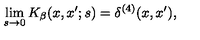
\lim _ { s \rightarrow 0 } K _ { \beta } ( x , x ^ { \prime } ; s ) = \delta ^ { ( 4 ) } ( x , x ^ { \prime } ) ,